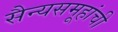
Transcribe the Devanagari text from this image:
सैन्यसमूहांची